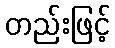
တည်းဖြင့်